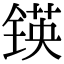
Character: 锳